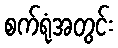
စက်ရုံအတွင်း